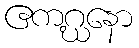
ဧကဂ္ဃနော